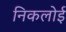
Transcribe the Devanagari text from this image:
निकलोई